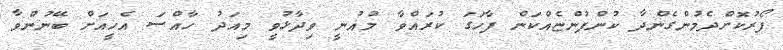
ފޯރުކޮށްދެމުންގެންދާ ކުންފުންޏެއްކަން ފާހަގަ ކުރައްވާ މުޣުނީ ވިދާޅުވީ މިއަދު ހާއްސަ އެހީއަށް ބޭނުންވާ